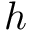
h